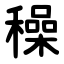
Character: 䆆